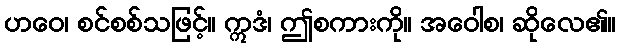
ဟဝေ၊ စင်စစ်သဖြင့်။ ဣဒံ၊ ဤစကားကို။ အဝေါစ၊ ဆိုလေ၏။